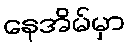
နေအိမ်မှာ